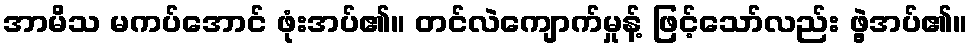
အာမိသ မကပ်အောင် ဖုံးအပ်၏။ တင်လဲကျောက်မှုန့် ဖြင့်သော်လည်း ဖွဲ့အပ်၏။